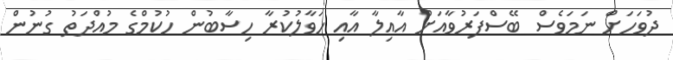
ދުވަހަށް ނަމަވެސް ބޭސްފަރުވާއަށް އާއިލާ އާއި ހަވާލުކުރާ ހިސާބުން ހުކުމްގެ މުއްދަތު ގުނުން